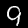
Digit: 9